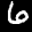
Label: 6